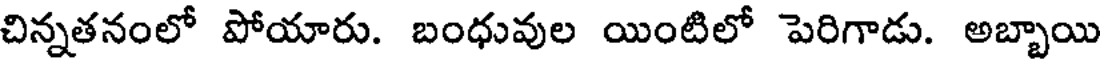
చిన్నతనంలో పోయారు. బంధువుల యింటిలో పెరిగాడు. అబ్బాయి